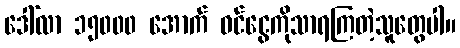
ဒေါ်လာ ၁၅၀၀၀ အောက် ဝင်ငွေကိုသာရကြတဲ့သူတွေပါ။